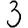
Digit: 3